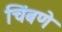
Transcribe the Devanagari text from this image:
चिंबणे